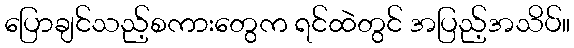
ပြောချင်သည့်စကားတွေက ရင်ထဲတွင် အပြည့်အသိပ်။